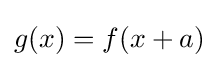
g(x)=f(x+a)